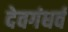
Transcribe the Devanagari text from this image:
देवगंधर्व